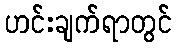
ဟင်းချက်ရာတွင်